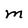
Character: M